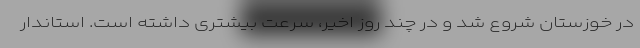
در خوزستان شروع شد و در چند روز اخیر، سرعت بیشتری داشته است. استاندار